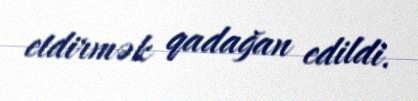
etdirmək qadağan edildi.